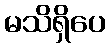
မသိရှိပေ